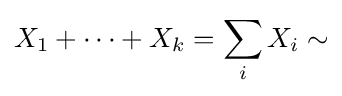
X_{1}+\cdots +X_{k}=\sum _{i}X_{i}\sim